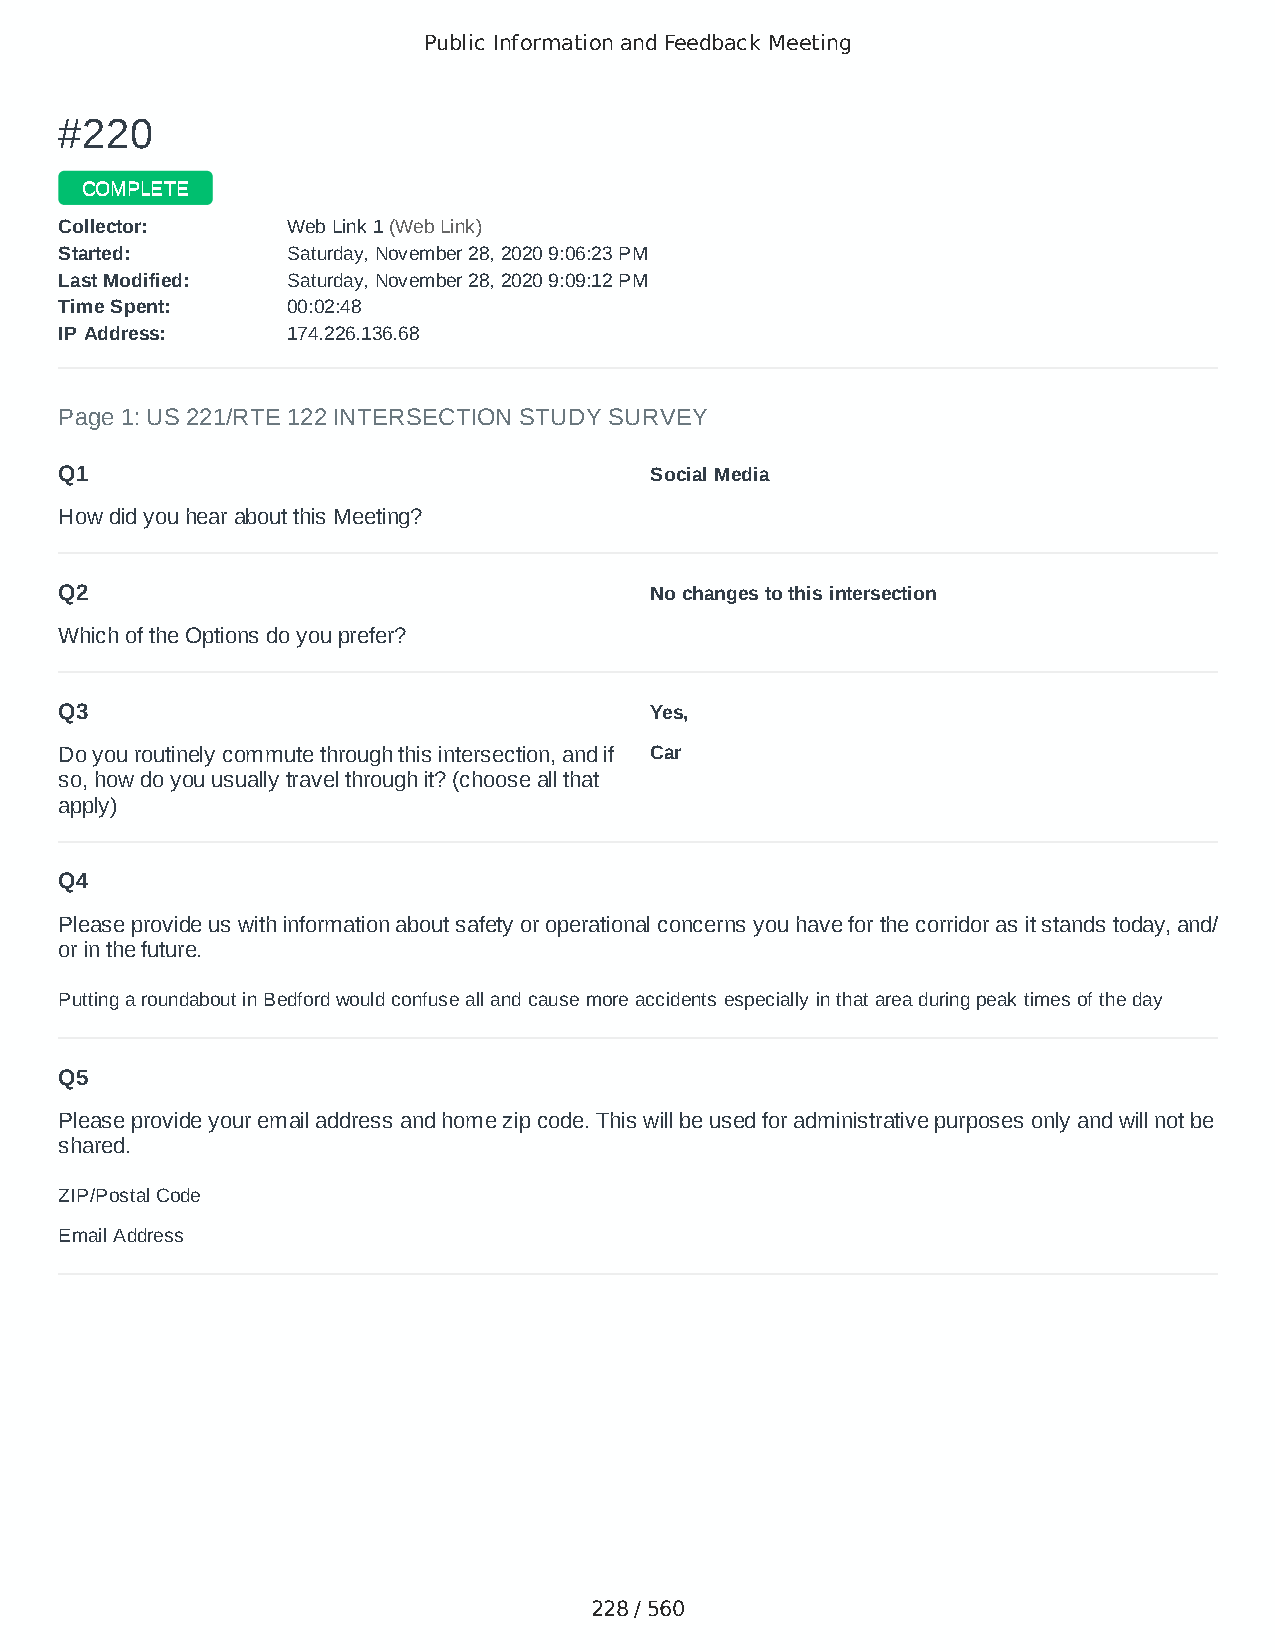
Public Information and Feedback Meeting
 ##222200
 CCOOMMPPLLEETTEE
 CCoolllleeccttoorr:: WWeebb LLiinnkk 11 ((WWeebb LLiinnkk))
 SSttaarrtteedd:: SSaattuurrddaayy,, NNoovveemmbbeerr 2288,, 22002200 99::0066::2233 PPMM
 LLaasstt MMooddiiffiieedd:: SSaattuurrddaayy,, NNoovveemmbbeerr 2288,, 22002200 99::0099::1122 PPMM
 TTiimmee SSppeenntt:: 0000::0022::4488
 IIPP AAddddrreessss:: 117744..222266..113366..6688
 Page 1: US 221/RTE 122 INTERSECTION STUDY SURVEY
 Q1                                     Social Media
 How did you hear about this Meeting?
 Q2                                     No changes to this intersection
 Which of the Options do you prefer?
 Q3                                     Yes,
 Do you routinely commute through this intersection, and if Car
 so, how do you usually travel through it? (choose all that
 apply)
 Q4
 Please provide us with information about safety or operational concerns you have for the corridor as it stands today, and/
 or in the future.
 Putting a roundabout in Bedford would confuse all and cause more accidents especially in that area during peak times of the day
 Q5
 Please provide your email address and home zip code. This will be used for administrative purposes only and will not be
 shared.
 ZIP/Postal Code                        24523
 Email Address                          Taytay0965@gmail.com
 228 / 560